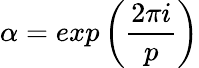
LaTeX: \alpha=exp\left(\frac{2\pi i}{p}\right)